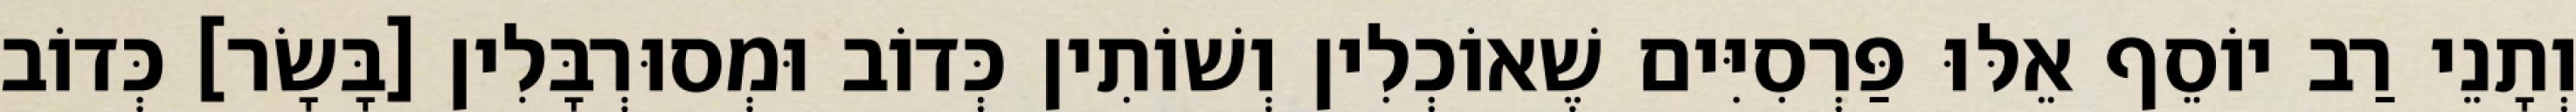
וְתָנֵי רַב יוֹסֵף אֵלּוּ פַּרְסִיִּים שֶׁאוֹכְלִין וְשׁוֹתִין כְּדוֹב וּמְסוּרְבָּלִין [בָּשָׂר] כְּדוֹב